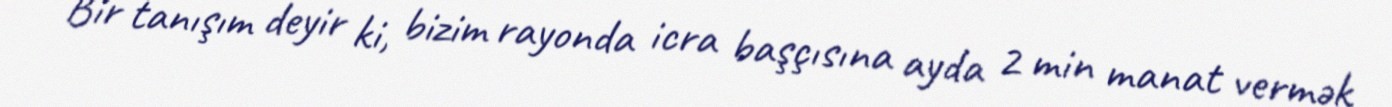
Bir tanışım deyir ki, bizim rayonda icra başçısına ayda 2 min manat vermək